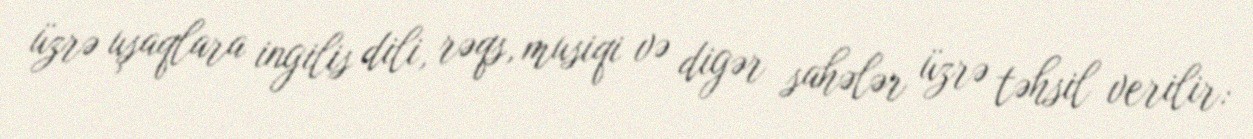
üzrə uşaqlara ingilis dili, rəqs, musiqi və digər sahələr üzrə təhsil verilir: